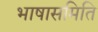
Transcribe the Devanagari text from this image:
भाषासमिति